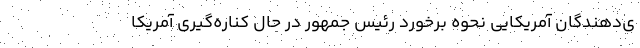
ی‌دهندگان آمریکایی نحوه برخورد رئیس جمهور در حال کناره‌گیری آمریکا